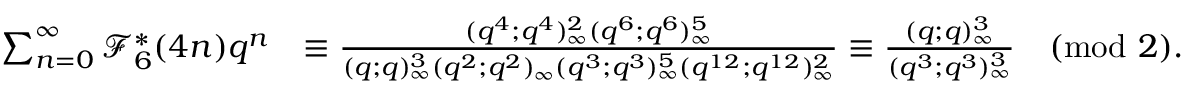
\begin{array} { r l } { \sum _ { n = 0 } ^ { \infty } \mathcal { F } _ { 6 } ^ { * } ( 4 n ) q ^ { n } } & { \equiv \frac { ( q ^ { 4 } ; q ^ { 4 } ) _ { \infty } ^ { 2 } ( q ^ { 6 } ; q ^ { 6 } ) _ { \infty } ^ { 5 } } { ( q ; q ) _ { \infty } ^ { 3 } ( q ^ { 2 } ; q ^ { 2 } ) _ { \infty } ( q ^ { 3 } ; q ^ { 3 } ) _ { \infty } ^ { 5 } ( q ^ { 1 2 } ; q ^ { 1 2 } ) _ { \infty } ^ { 2 } } \equiv \frac { ( q ; q ) _ { \infty } ^ { 3 } } { ( q ^ { 3 } ; q ^ { 3 } ) _ { \infty } ^ { 3 } } \pmod 2 . } \end{array}